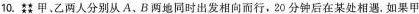
10.甲、乙两人分别从A、B两地同时出发相向而行，20分钟后在某处相遇。如果甲